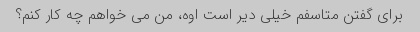
برای گفتن متاسفم خیلی دیر است اوه، من می خواهم چه کار کنم؟